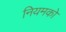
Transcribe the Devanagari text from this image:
नियमको